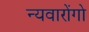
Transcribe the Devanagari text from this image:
न्यवारोंगो